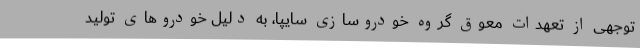
توجهی از تعهدات معوق گروه خودروسازی سایپا، به دلیل خودروهای تولید